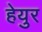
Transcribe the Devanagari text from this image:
हेयुर